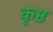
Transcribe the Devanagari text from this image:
कृष्ठ